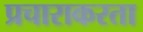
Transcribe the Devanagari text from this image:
प्रचाराकरता